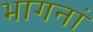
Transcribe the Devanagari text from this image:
भागनां